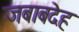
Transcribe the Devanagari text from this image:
जबाबदेह